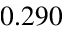
0 . 2 9 0